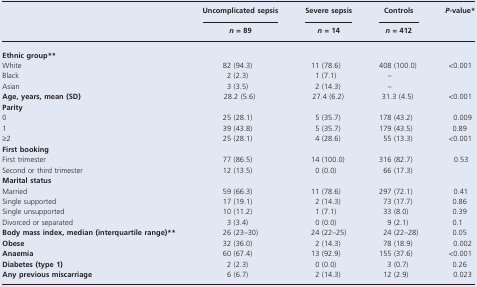
|  | Uncomplicated sepsis | Severe sepsis | Controls | P-value* |
 |  | n = 89 | n = 14 | n = 412 |  |
 | --- | --- | --- | --- | --- |
 | <COLSPAN=5> Ethnic group** |
 | White | 82 (94.3) | 11 (78.6) | 408 (100.0) | <0.001 |
 | Black | 2 (2.3) | 1 (7.1) | – |  |
 | Asian | 3 (3.5) | 2 (14.3) | – |  |
 | Age, years, mean (SD) | 28.2 (5.6) | 27.4 (6.2) | 31.3 (4.5) | <0.001 |
 | <COLSPAN=5> Parity |
 | 0 | 25 (28.1) | 5 (35.7) | 178 (43.2) | 0.009 |
 | 1 | 39 (43.8) | 5 (35.7) | 179 (43.5) | 0.89 |
 | ≥2 | 25 (28.1) | 4 (28.6) | 55 (13.3) | <0.001 |
 | <COLSPAN=5> First booking |
 | First trimester | 77 (86.5) | 14 (100.0) | 316 (82.7) | 0.53 |
 | Second or third trimester | 12 (13.5) | 0 (0.0) | 66 (17.3) |  |
 | <COLSPAN=5> Marital status |
 | Married | 59 (66.3) | 11 (78.6) | 297 (72.1) | 0.41 |
 | Single supported | 17 (19.1) | 2 (14.3) | 73 (17.7) | 0.86 |
 | Single unsupported | 10 (11.2) | 1 (7.1) | 33 (8.0) | 0.39 |
 | Divorced or separated | 3 (3.4) | 0 (0.0) | 9 (2.1) | 0.1 |
 | Body mass index, median (interquartile range)** | 26 (23–30) | 24 (22–25) | 24 (22–28) | 0.05 |
 | Obese | 32 (36.0) | 2 (14.3) | 78 (18.9) | 0.002 |
 | Anaemia | 60 (67.4) | 13 (92.9) | 155 (37.6) | <0.001 |
 | Diabetes (type 1) | 2 (2.3) | 0 (0.0) | 3 (0.7) | 0.26 |
 | Any previous miscarriage | 6 (6.7) | 2 (14.3) | 12 (2.9) | 0.023 |